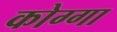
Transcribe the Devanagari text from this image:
कोग्गा